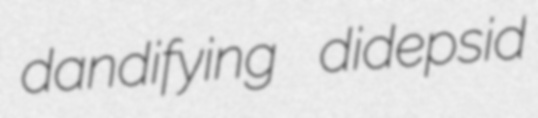
dandifying didepsid